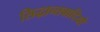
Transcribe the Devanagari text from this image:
सिद्धान्तवादियो